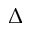
\Delta